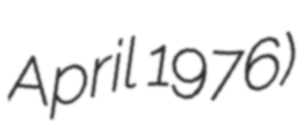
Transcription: April 1976)